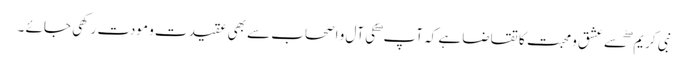
نبی کریم ۖ سے عشق و محبت کا تقاضا ہے کہ آپ ۖ کی آل و اصحاب سے بھی عقیدت و مودت رکھی جائے ۔